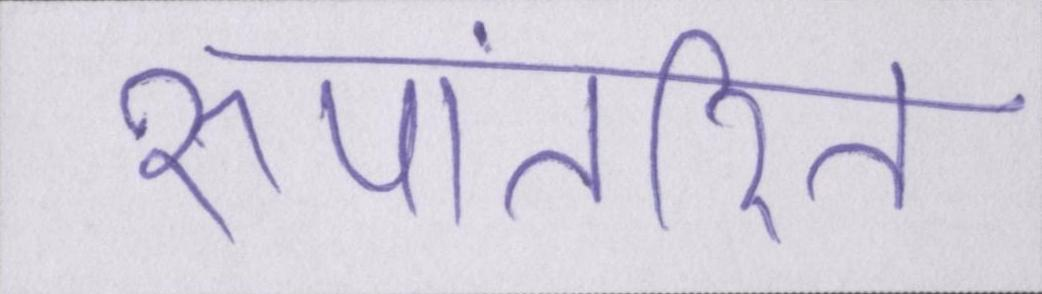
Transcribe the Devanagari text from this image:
रूपांतरित